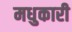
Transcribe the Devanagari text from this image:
मधुकारी